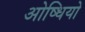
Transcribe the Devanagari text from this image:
ओष्धियो